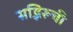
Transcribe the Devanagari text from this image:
सद्भिरूची